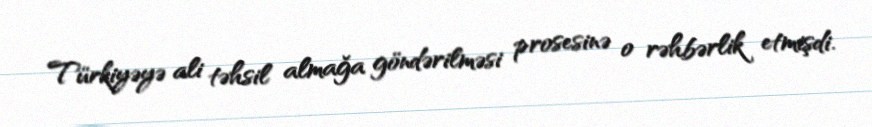
Türkiyəyə ali təhsil almağa göndərilməsi prosesinə o rəhbərlik etmişdi.